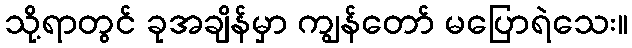
သို့ရာတွင် ခုအချိန်မှာ ကျွန်တော် မပြောရဲသေး။